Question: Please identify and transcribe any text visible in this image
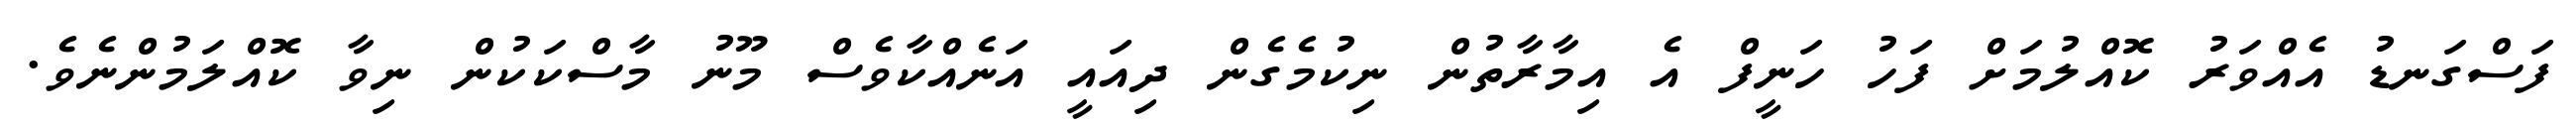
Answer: ފަސްގަނޑު އެއްވަރު ކޮއްލުމަށް ފަހު ހަނީފް އެ އިމާރާތުން ނިކުމެގެން ދިއައީ އަނެއްކާވެސް މޫނު މާސްކަކުން ނިވާ ކޮއްލަމުންނެވެ.